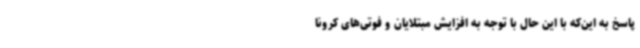
پاسخ به این‌که با این حال با توجه به افزایش مبتلایان و فوتی‌های کرونا